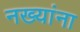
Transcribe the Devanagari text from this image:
नख्यांना